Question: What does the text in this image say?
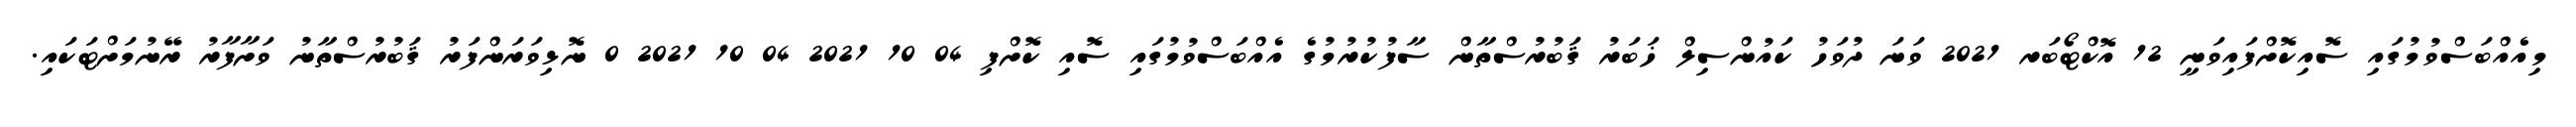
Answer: މިއެއްބަސްވުމުގައި ސޮއިކޮށްފައިވަނީ 12 އޮކްޓޯބަރ 2021 ވަނަ ދުވަހު ކައުންސިލް ޚަބަރު ޤަބުރުސްތާން ސާފުކުރުމުގެ އެއްބަސްވުމުގައި ސޮއި ކޮށްފި 04 10 2021 04 10 2021 0 ނޮޅިވަރަންފަރު ޤަބުރުސްތާނު ވަށާފާރު ރޭނުމަށްޓަކައި.